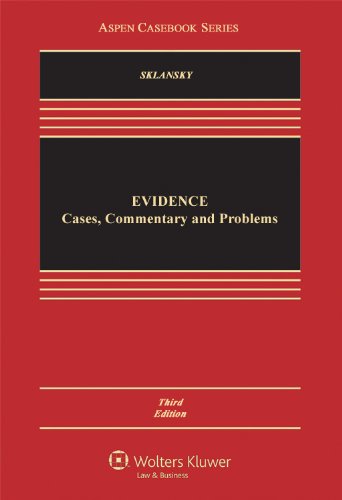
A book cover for Evidence: Cases Commentary & Problems, Third Edition (Aspen Casebooks); David A. Sklansky; Law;